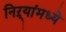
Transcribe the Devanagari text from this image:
निऱ्यांमध्ये